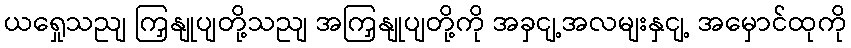
ယရှေုသညျ ကြှနျုပျတို့သညျ အကြှနျုပျတို့ကို အခှငျ့အလမျးနှငျ့ အမှောင်ထုကို